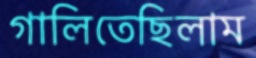
গালিতেছিলাম